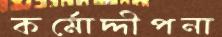
কর্মোদ্দীপনা